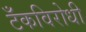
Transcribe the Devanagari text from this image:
टँकविरोधी